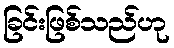
ခြင်းဖြစ်သည်ဟု